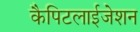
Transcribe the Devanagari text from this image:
कैपिटलाईजेशन